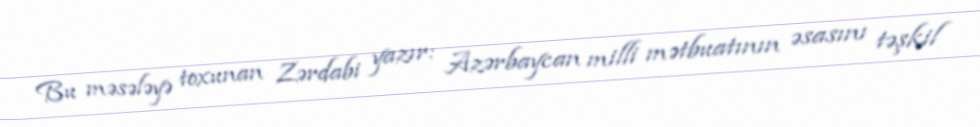
Bu məsələyə toxunan Zərdabi yazır: Azərbaycan milli mətbuatının əsasını təşkil